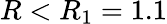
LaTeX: R<R_{1}=1.1